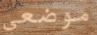
موضعي